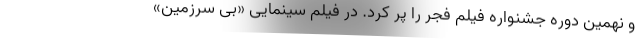
و نهمین دوره جشنواره فیلم فجر را پر کرد. در فیلم سینمایی «بی سرزمین»